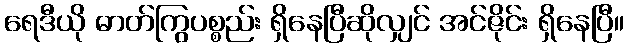
ရေဒီယို ဓာတ်ကြွပစ္စည်း ရှိနေပြီဆိုလျှင် အင်ဇိုင်း ရှိနေပြီ။